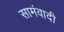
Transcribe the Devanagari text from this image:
सामंवादी